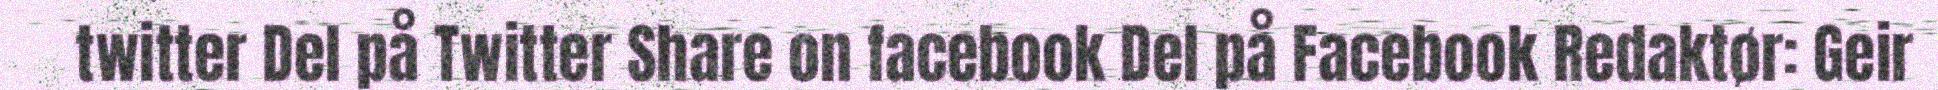
twitter Del på Twitter Share on facebook Del på Facebook Redaktør: Geir